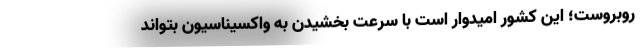
روبروست؛ این کشور امیدوار است با سرعت بخشیدن به واکسیناسیون بتواند